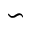
\backsim